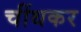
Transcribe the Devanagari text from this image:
चींथकर